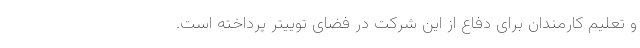
و تعلیم کارمندان برای دفاع از این شرکت در فضای توییتر پرداخته است.